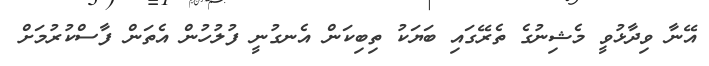
އޭނާ ވިދާޅުވީ މެޝިނުގެ ތެރޭގައި ބަޔަކު ތިބިކަން އެނގުނީ ފުލުހުން އެތަން ފާސްކުރުމަށް